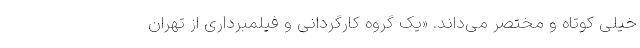
خیلی کوتاه و مختصر می‌داند. «یک گروه کارگردانی و فیلمبرداری از تهران